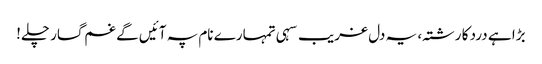
بڑا ہے درد کا رشتہ، یہ دل غریب سہی تمہارے نام پہ آئیں گے غم گسار چلے!